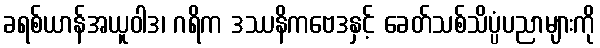
ခရစ်ယာန်အယူဝါဒ၊ ဂရိက ဒဿနိကဗေဒနှင့် ခေတ်သစ်သိပ္ပံပညာများကို